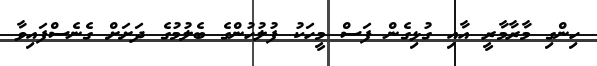
ހިންގި މާރާމާރީ އާއި ގުޅިގެން ފަސް މީހަކު ފުލުހުންގެ ބެލުމުގެ ދަށަށް ގެނެސްފައިވާ